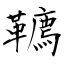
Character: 韀